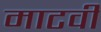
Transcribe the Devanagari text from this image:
माटवी